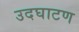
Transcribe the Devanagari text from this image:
उदघाटण